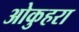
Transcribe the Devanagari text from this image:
ओकुहरा